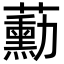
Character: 蘍